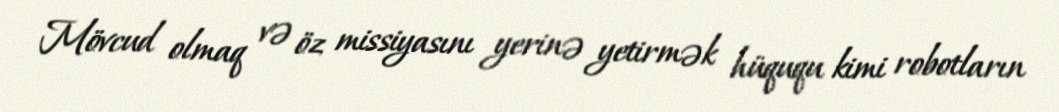
Mövcud olmaq və öz missiyasını yerinə yetirmək hüququ kimi robotların